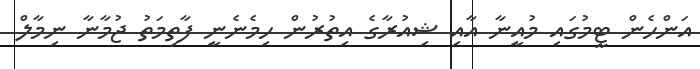
އަންހެން ޓީމުގައި މުއީނާ އާއި ޝިއުރާގެ އިތުރުން ހިމެނެނީ ފާތިމަތު ޖުމާނާ ނިމާލް